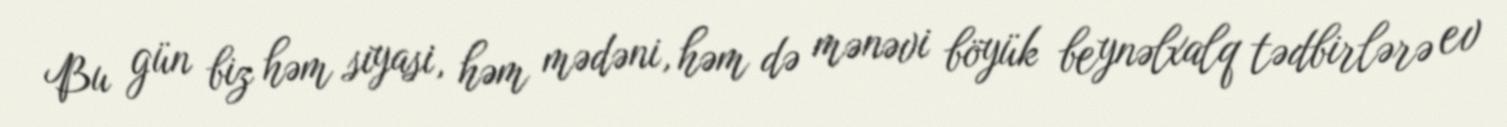
Bu gün biz həm siyasi, həm mədəni, həm də mənəvi böyük beynəlxalq tədbirlərə ev